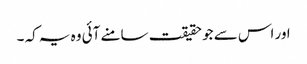
اور اس سے جو حقیقت سامنے آئی وہ یہ کہ ۔